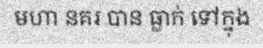
មហា នគរ បាន ធ្លាក់ ទៅក្នុង